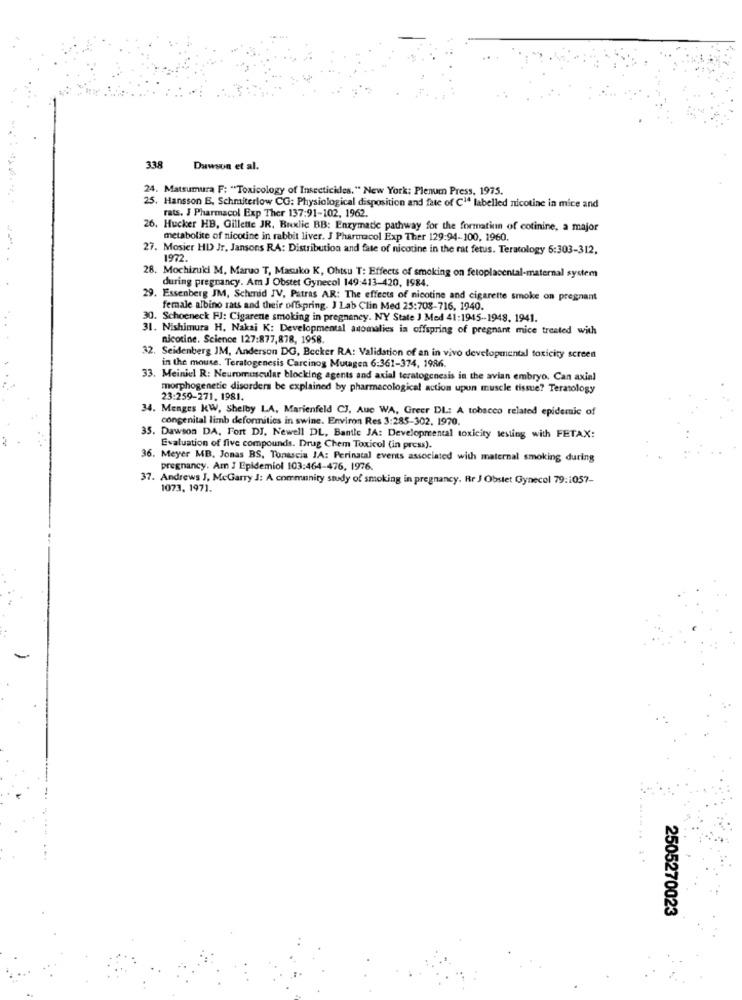
338
Dawson et al.
24. Matsumura F: "Toxicology of Insecticides." New York: Plenum Press, 1975.
25. Hansson B, Schmiterlow CG: Physiological disposition and fate of C1ª labelled nicotine in mice and
rats. J Pharmacol Exp Ther 137:91-102, 1962.
26. Hucker HB, Gillette JR, Buxlic BB: Enzymatic pathway for the formation of cotinine, a major
metabolite of nicotine in rabbit liver. J Pharmacol Exp Ther 129:94-100, 1960.
27. Mosier HD Jr, Jansons RA: Distribution and fate of nicotine in the rat fetus. Teratology 6:303-312.
1972.
28. Mochizuki M, Maruo T, Masuko K, Ohtsu T: Effects of smoking on fetoplacental-maternal system
during pregnancy. Am J Obstet Gynecol 149:413-420, 1984.
29. Essenberg JM, Schmid JV, Patras AR: The effects of nicotine and cigarette smoke on pregnant
female albino rats and their offspring. J Lab Clin Med 25:708-716, 1940.
30. Schoeneck FJ: Cigarette smoking in pregnancy. NY State J Med 41:1945 -- 1948. 1941.
31. Nishimura H, Nakai K: Developmental anomalies ia offspring of pregnant mice treated with
nicotine. Science 127:877,878, 1958
2. Seidenberg IM, Anderson DG, Becker RA: Validation of an in vivo developmental toxicity screen
in the mouse. Teratogenesis Carcinog Mutagen 6:361-374, 1986.
33. Meiniel R: Neuromuscular blocking agents and axial teratogenesis in the avian embryo. Can axial
morphogenetic disorders be explained by pharmacological action upun muscle tissue? Teratology
23:259-271. 1981.
34. Menges KW, Shelby LA, Marienfeld CJ, Aue WA, Greer DL: A tobacco related epidemic of
congenital limb deformities in swine. Environ Res 3:285-302. 1970.
35. Dawson DA, Fort DJ. Newell DL, Bantle JA: Developmental toxicity testing with FETAX:
Evaluation of five compounds. Drug Chem Toxicol (in press).
36. Meyer MB. Jonas BS, Tonascia JA: Perinatal events associated with maternal smoking during
pregnancy. Am I Epidemiol 103:464-476, 1976.
37. Andrews J, McGarry J: A community study of smoking in pregnancy. Rr J Obstet Gynecol 79:1057-
1073. 1971.
.....
2505270023